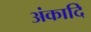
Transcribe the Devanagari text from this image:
अंकादि